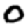
Digit: 0